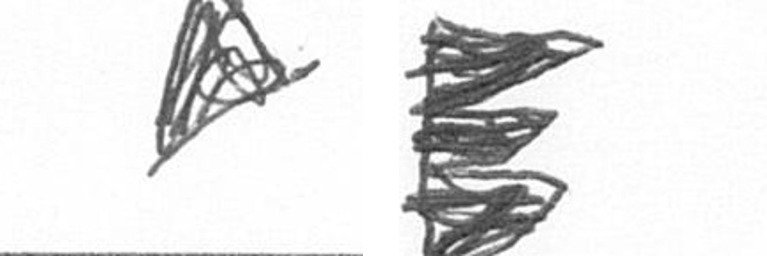
O H